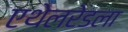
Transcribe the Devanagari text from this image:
एथेलरेडला